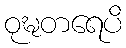
ဝုဍ္ဎတရေပိ